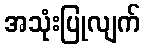
အသုံးပြုလျက်